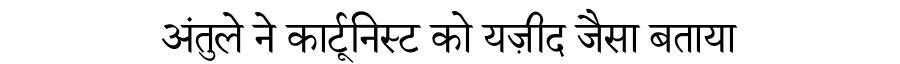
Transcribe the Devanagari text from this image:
अंतुले ने कार्टूनिस्ट को यज़ीद जैसा बताया